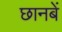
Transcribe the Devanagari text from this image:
छानबें